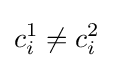
c_{i}^{1}\neq c_{i}^{2}